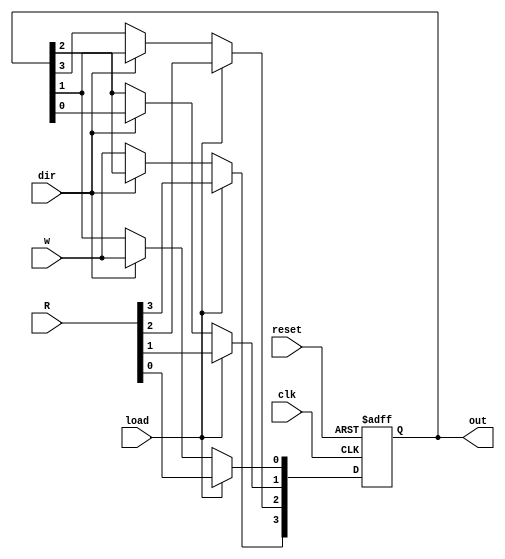



module N_bit_shift(reset,clk,load,dir,out,R,w);
  parameter n = 4;
  input reset,dir,load,clk,w;
  input [n-1:0]R;
   output reg [n-1:0]out;
  integer k;
  always @(posedge clk,negedge reset)
    begin
      if(!reset)
        out <= 0;
      else if(load)
        out <= R;
      else 
        begin
          if(dir)
            begin
              
              for(k=0;k<n;k=k+1)
                out[k+1] <= out[k];
              out[0] <= w;
              end
          else if(!dir)
            begin
              for(k=0;k<n;k=k+1)
                out[k] <= out[k+1];
              out[n-1] <= w;
            end
        end
    end
 
  
  
endmodule